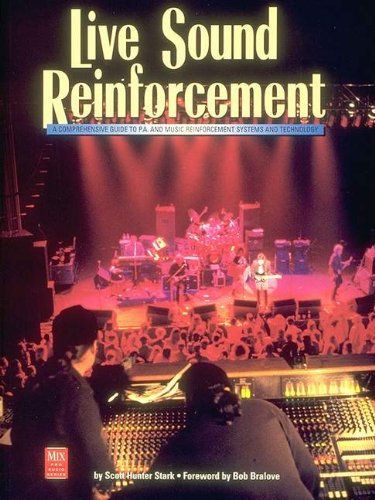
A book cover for Live Sound Reinforcement (Mix Pro Audio Series); Scott Hunter Stark; Computers & Technology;